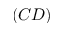
( C D )